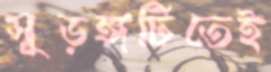
সুড়ঙ্গটিতেই